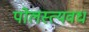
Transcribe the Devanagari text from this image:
पोलस्त्यवध